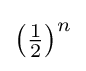
{\textstyle \left({\tfrac {1}{2}}\right)^{n}}